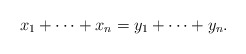
\begin{align*} x_1+\dots +x_n = y_1+ \dots +y_n.\end{align*}